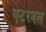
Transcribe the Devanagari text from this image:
एटरनल